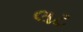
લટ